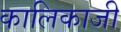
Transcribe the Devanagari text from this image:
कालिकाजी